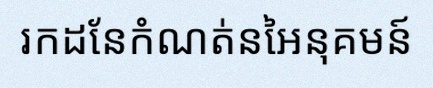
រកដែនកំណត់នៃអនុគមន៍